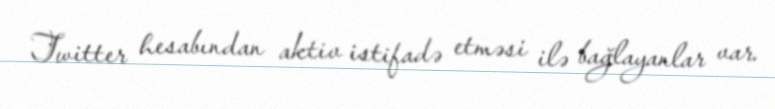
Twitter hesabından aktiv istifadə etməsi ilə bağlayanlar var.